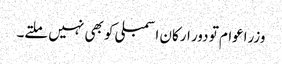
وزراعوام تو دور ارکان اسمبلی کو بھی نہیں ملتے۔